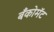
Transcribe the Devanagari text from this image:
बँकोमॅट